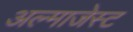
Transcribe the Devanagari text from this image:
अल्माजेस्ट